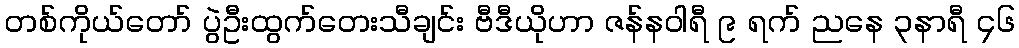
တစ်ကိုယ်တော် ပွဲဦးထွက်တေးသီချင်း ဗီဒီယိုဟာ ဇန်န၀ါရီ ၉ ရက် ညနေ ၃နာရီ ၄၆